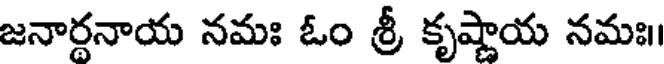
జనార్దనాయ నమః ఓం శ్రీ కృష్ణాయ నమః।